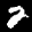
Label: 2